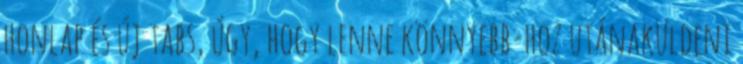
honlap és új tabs, úgy, hogy lenne könnyebb-hoz utánaküldeni